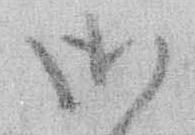
御